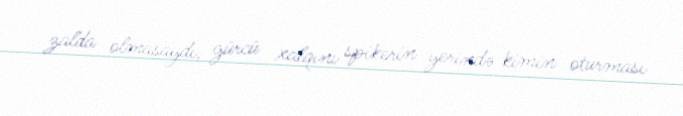
zalda olmasaydı, gürcü xalqını spikerin yerində kimin oturması